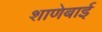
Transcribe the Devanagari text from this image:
शाणेबाई